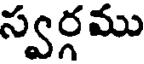
స్వర్గము